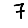
Digit: 7